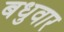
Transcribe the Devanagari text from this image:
बधुवार